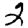
Digit: 2